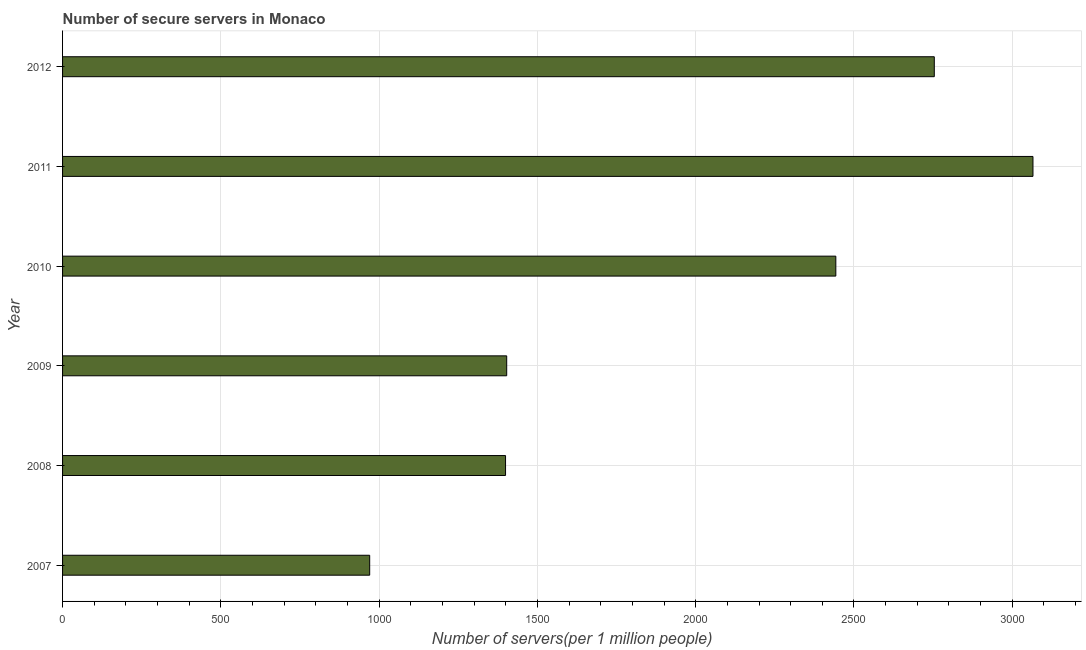
| Year | Secure Internet servers |
 | --- | --- |
 | 2007 | 970 |
 | 2008 | 1.4e+03 |
 | 2009 | 1.4e+03 |
 | 2010 | 2.44e+03 |
 | 2011 | 3.07e+03 |
 | 2012 | 2.75e+03 |